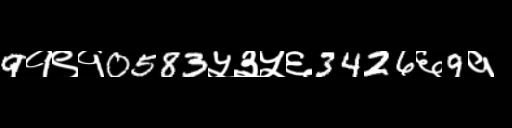
Text: 9१९१0583५३५६3426६9१